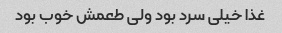
غذا خیلی سرد بود ولی طعمش خوب بود